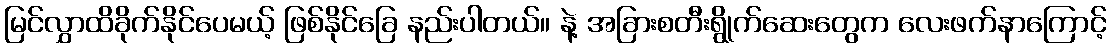
မြင်လွှာထိခိုက်နိုင်ပေမယ့် ဖြစ်နိုင်ခြေ နည်းပါတယ်။ နဲ့ အခြားစတီးရွိုက်ဆေးတွေက လေးဖက်နာကြောင့်